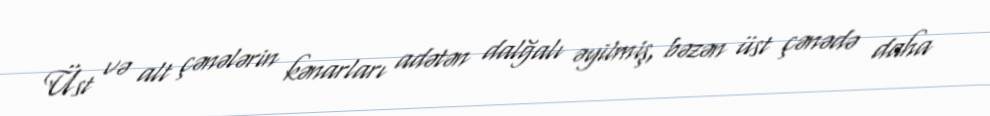
Üst və alt çənələrin kənarları adətən dalğalı əyilmiş, bəzən üst çənədə daha